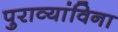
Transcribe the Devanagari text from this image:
पुराव्यांविना